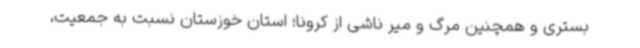
بستری و همچنین مرگ و میر ناشی از کرونا؛ استان خوزستان نسبت به جمعیت،